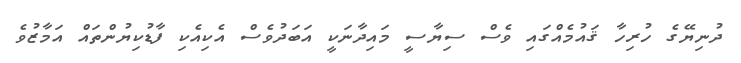
ދުނިޔޭގެ ހުރިހާ ޤައުމެއްގައި ވެސް ސިޔާސީ މައިދާނަކީ އަބަދުވެސް އެކިއެކި ފާޑުކިޔުންތައް އަމާޒުވެ